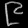
Digit: ၉